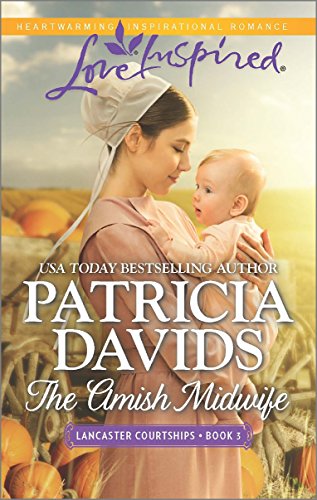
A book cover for The Amish Midwife (Lancaster Courtships); Patricia Davids; Romance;